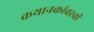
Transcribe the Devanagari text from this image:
कथानकांवरची